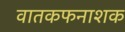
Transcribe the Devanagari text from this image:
वातकफनाशक